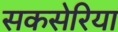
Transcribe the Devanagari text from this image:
सकसेरिया